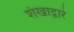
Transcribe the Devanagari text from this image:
शंखाद्वारे